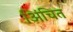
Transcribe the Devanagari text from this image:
अिंचित